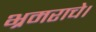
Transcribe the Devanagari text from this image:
भ्रमराचे।